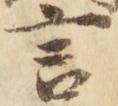
言